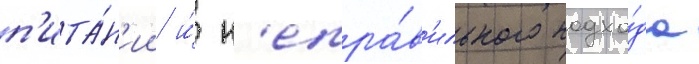
п'ита́н'ии и́ н'епра́в'ильного подхо́да